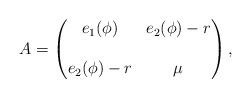
LaTeX: \begin{align*}A=\begin{pmatrix}e_1(\phi) & e_2(\phi)- r \\\ \ & \ \ \\e_2(\phi)- r & \mu \\\end{pmatrix},\end{align*}